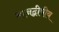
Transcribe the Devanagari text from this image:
मानद्वीपीय